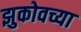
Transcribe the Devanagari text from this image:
झुकोवच्या